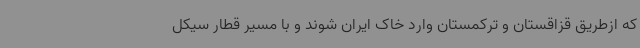
که ازطریق قزاقستان و ترکمستان وارد خاک ایران شوند و با مسیر قطار سیکل